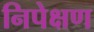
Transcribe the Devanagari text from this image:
निपेक्षण